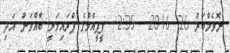
ނޮވެމްބަރު 26